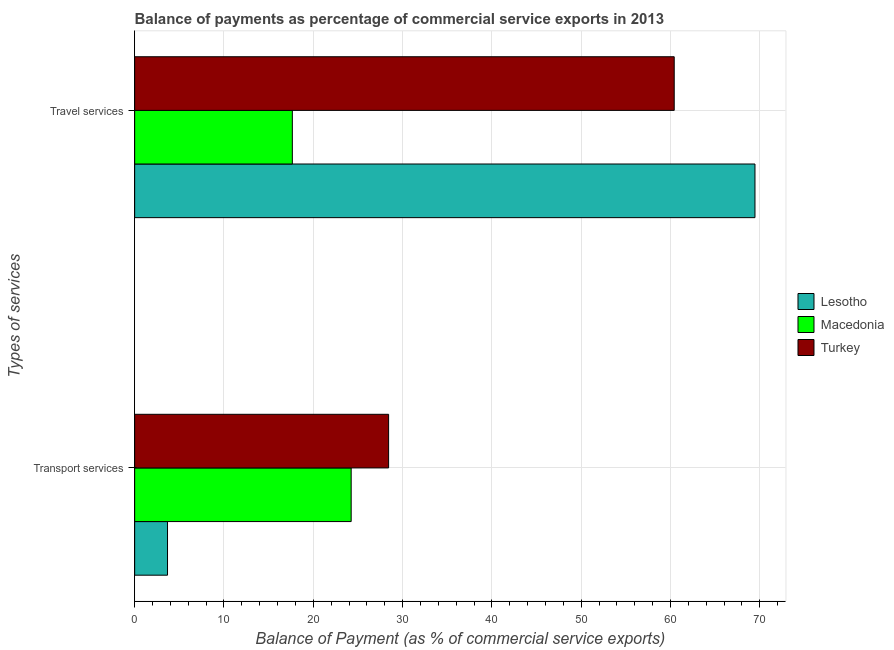
| Types of services | Lesotho | Macedonia | Turkey |
 | --- | --- | --- | --- |
 | Transport services | 3.68 | 24.2 | 28.4 |
 | Travel services | 69.5 | 17.7 | 60.4 |